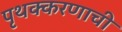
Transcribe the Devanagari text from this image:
पृथक्करणाची